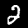
Digit: 2